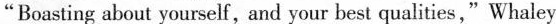
"Boasting about yourself,and your best qualities,"Whaley